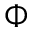
\Phi